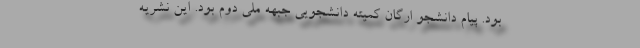
بود. پیام دانشجو ارگان كمیته دانشجویی جبهه ملی دوم بود. این نشریه